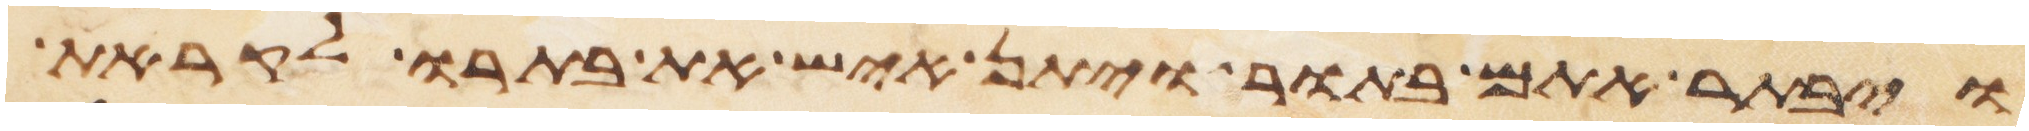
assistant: ויבתר אתם בתור ויתן איש את בתרו לקראת